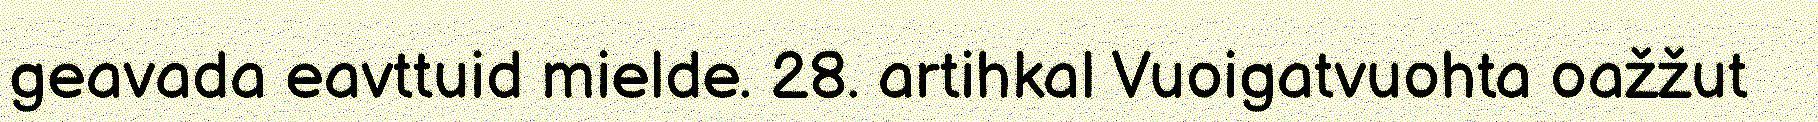
geavada eavttuid mielde. 28. artihkal Vuoigatvuohta oažžut